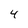
Character: 4